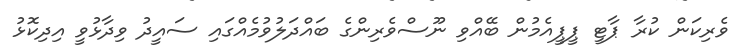
ވެރިކަން ކުރާ ޕާޓީ ޕީޕީއެމުން ބޭއްވި ނޫސްވެރިންގެ ބައްދަލުވުމެއްގައި ސައީދު ވިދާޅުވީ އިދިކޮޅު